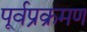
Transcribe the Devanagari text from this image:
पूर्वप्रक्रमण